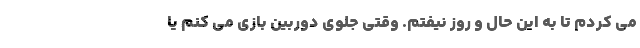
می کردم تا به این حال و روز نیفتم. وقتی جلوی دوربین بازی می کنم یا